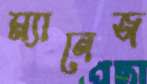
ম্যানেজ